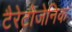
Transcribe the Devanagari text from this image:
टैरेटोजेनिक